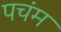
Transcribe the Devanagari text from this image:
पचंम